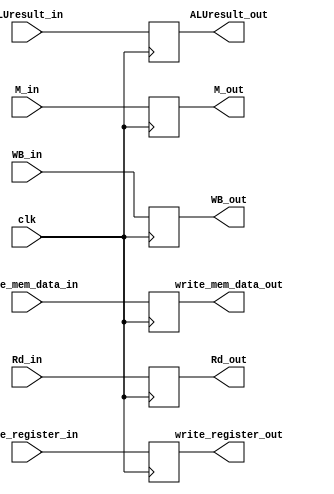
module EX_MEM(
    input clk,
    input [1:0]WB_in,
    input [1:0]M_in,
    input [31:0]ALUresult_in,
    input [31:0]write_mem_data_in,
    input [4:0]write_register_in,
    input [4:0]Rd_in,

    output reg [1:0]WB_out,
    output reg [1:0]M_out,
    output reg [31:0]ALUresult_out,
    output reg [31:0]write_mem_data_out,
    output reg [4:0]write_register_out,
    output reg [4:0]Rd_out
);
initial begin
    WB_out = 2'b0;
    M_out = 2'b0;
    ALUresult_out = 32'b0;
    write_mem_data_out = 32'b0;
    write_register_out = 5'b0;
    Rd_out = 5'b0;
end

always @(posedge clk)begin
   WB_out <= WB_in;
   M_out <= M_in;
   ALUresult_out <= ALUresult_in;
   write_mem_data_out <= write_mem_data_in;
   write_register_out <= write_register_in;
   Rd_out <= Rd_in;
end

endmodule